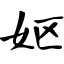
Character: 妪